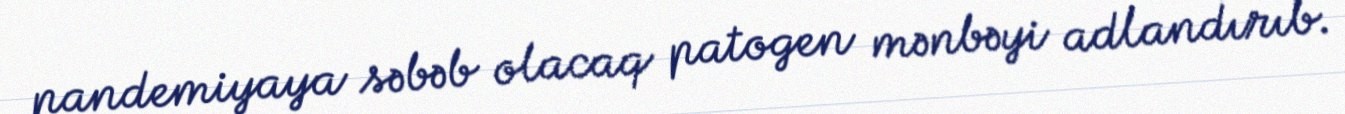
pandemiyaya səbəb olacaq patogen mənbəyi adlandırıb.